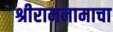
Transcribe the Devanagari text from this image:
श्रीरामनामाचा